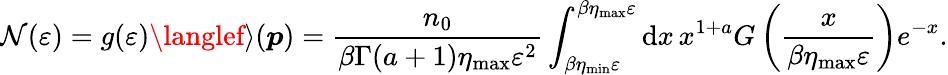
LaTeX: \mathcal{N}(\varepsilon)=g(\varepsilon)\langlef\rangle(\boldsymbol{p})=\frac{{n_{0}}}{{\beta\Gamma(a+1)\eta_{\mathrm{{max}}}\varepsilon^{2}}}\int_{\beta\eta_{\mathrm{{min}}}\varepsilon}^{{\beta\eta_{\mathrm{{max}}}\varepsilon}}\mathrm{{d}}x\, x^{1+a}G\left(\frac{{x}}{{\beta\eta_{\mathrm{{max}}}\varepsilon}}\right)e^{-x}.